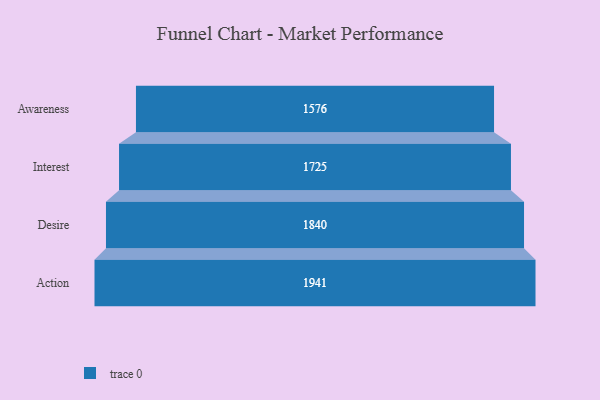
{"axis": {"x": "Stage", "y": "Value"}, "legend": [""], "data": [{"x": "Awareness", "y": 1576.0, "type": ""}, {"x": "Interest", "y": 1725.0, "type": ""}, {"x": "Desire", "y": 1840.0, "type": ""}, {"x": "Action", "y": 1941.0, "type": ""}]}